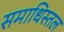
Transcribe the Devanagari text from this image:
समाधिस्तल